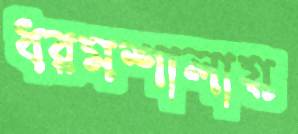
ধরমশালায়